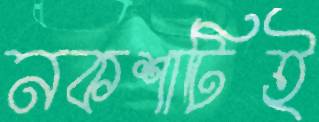
নকশাটিই